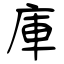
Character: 庫